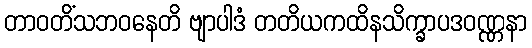
တာဝတိံသဘဝနေတိ ဗျာပါဒံ တတိယကထိနသိက္ခာပဒဝဏ္ဏနာ